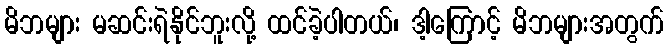
မိဘများ မဆင်းရဲနိုင်ဘူးလို့ ထင်ခဲ့ပါတယ်၊ ဒါ့ကြောင့် မိဘများအတွက်